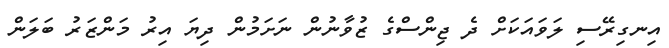
އިނގިރޭސި ލަވައަކަށް ދެ ޖިންސްގެ ޒުވާނުން ނަށަމުން ދިޔަ އިރު މަންޒަރު ބަލަން